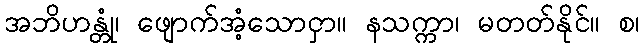
အဘိဟန္တုံ၊ ဖျောက်အံ့သောငှာ။ နသက္ကာ၊ မတတ်နိုင်။ စ၊